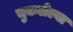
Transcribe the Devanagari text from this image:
चुकलेल्या